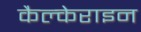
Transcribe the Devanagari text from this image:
कैल्‍केराइन